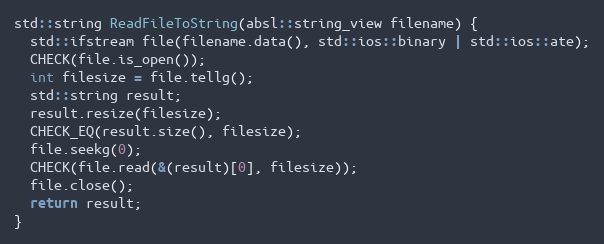
Language: C++
std::string ReadFileToString(absl::string_view filename) {
  std::ifstream file(filename.data(), std::ios::binary | std::ios::ate);
  CHECK(file.is_open());
  int filesize = file.tellg();
  std::string result;
  result.resize(filesize);
  CHECK_EQ(result.size(), filesize);
  file.seekg(0);
  CHECK(file.read(&(result)[0], filesize));
  file.close();
  return result;
}